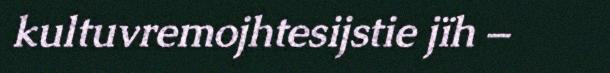
kultuvremojhtesijstie jïh –